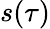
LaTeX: s(\tau)